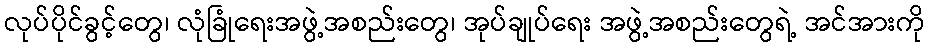
လုပ်ပိုင်ခွင့်တွေ၊ လုံခြုံရေးအဖွဲ့အစည်းတွေ၊ အုပ်ချုပ်ရေး အဖွဲ့အစည်းတွေရဲ့ အင်အားကို